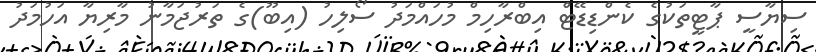
ސިޔާސީ ޕާޓީތަކުގެ ކެންޑިޑޭޓް އިބްރާހިމް މުހައްމަދު ސޯލިހު (އިބޫ)ގެ ތަރުޖަމާނު މާރިޔާ އަހުމަދު